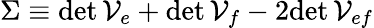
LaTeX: \Sigma\equiv\textup{det}\, {\cal V}_{e}+\textup{det}\, {\cal V}_{f}-2\textup{det}\, {\cal V}_{ef}